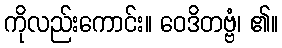
ကိုလည်းကောင်း။ ဝေဒိတဗ္ဗံ၊ ၏။